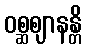
ဝစ္ဆဈာနန္တိ